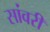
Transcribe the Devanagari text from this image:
सांवरी